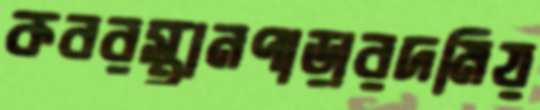
কবরস্থানপাড়ারদমিয়